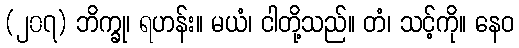
(၂၀၇) ဘိက္ခု၊ ရဟန်း။ မယံ၊ ငါတို့သည်။ တံ၊ သင့်ကို။ နေဝ